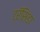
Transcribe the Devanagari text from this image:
ट्रॅसिंडा